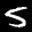
Label: 5